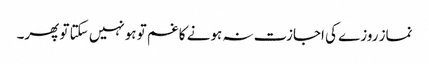
نماز روزے کی اجازت نہ ہونے کا غم تو ہونہیں سکتا تو پھر۔